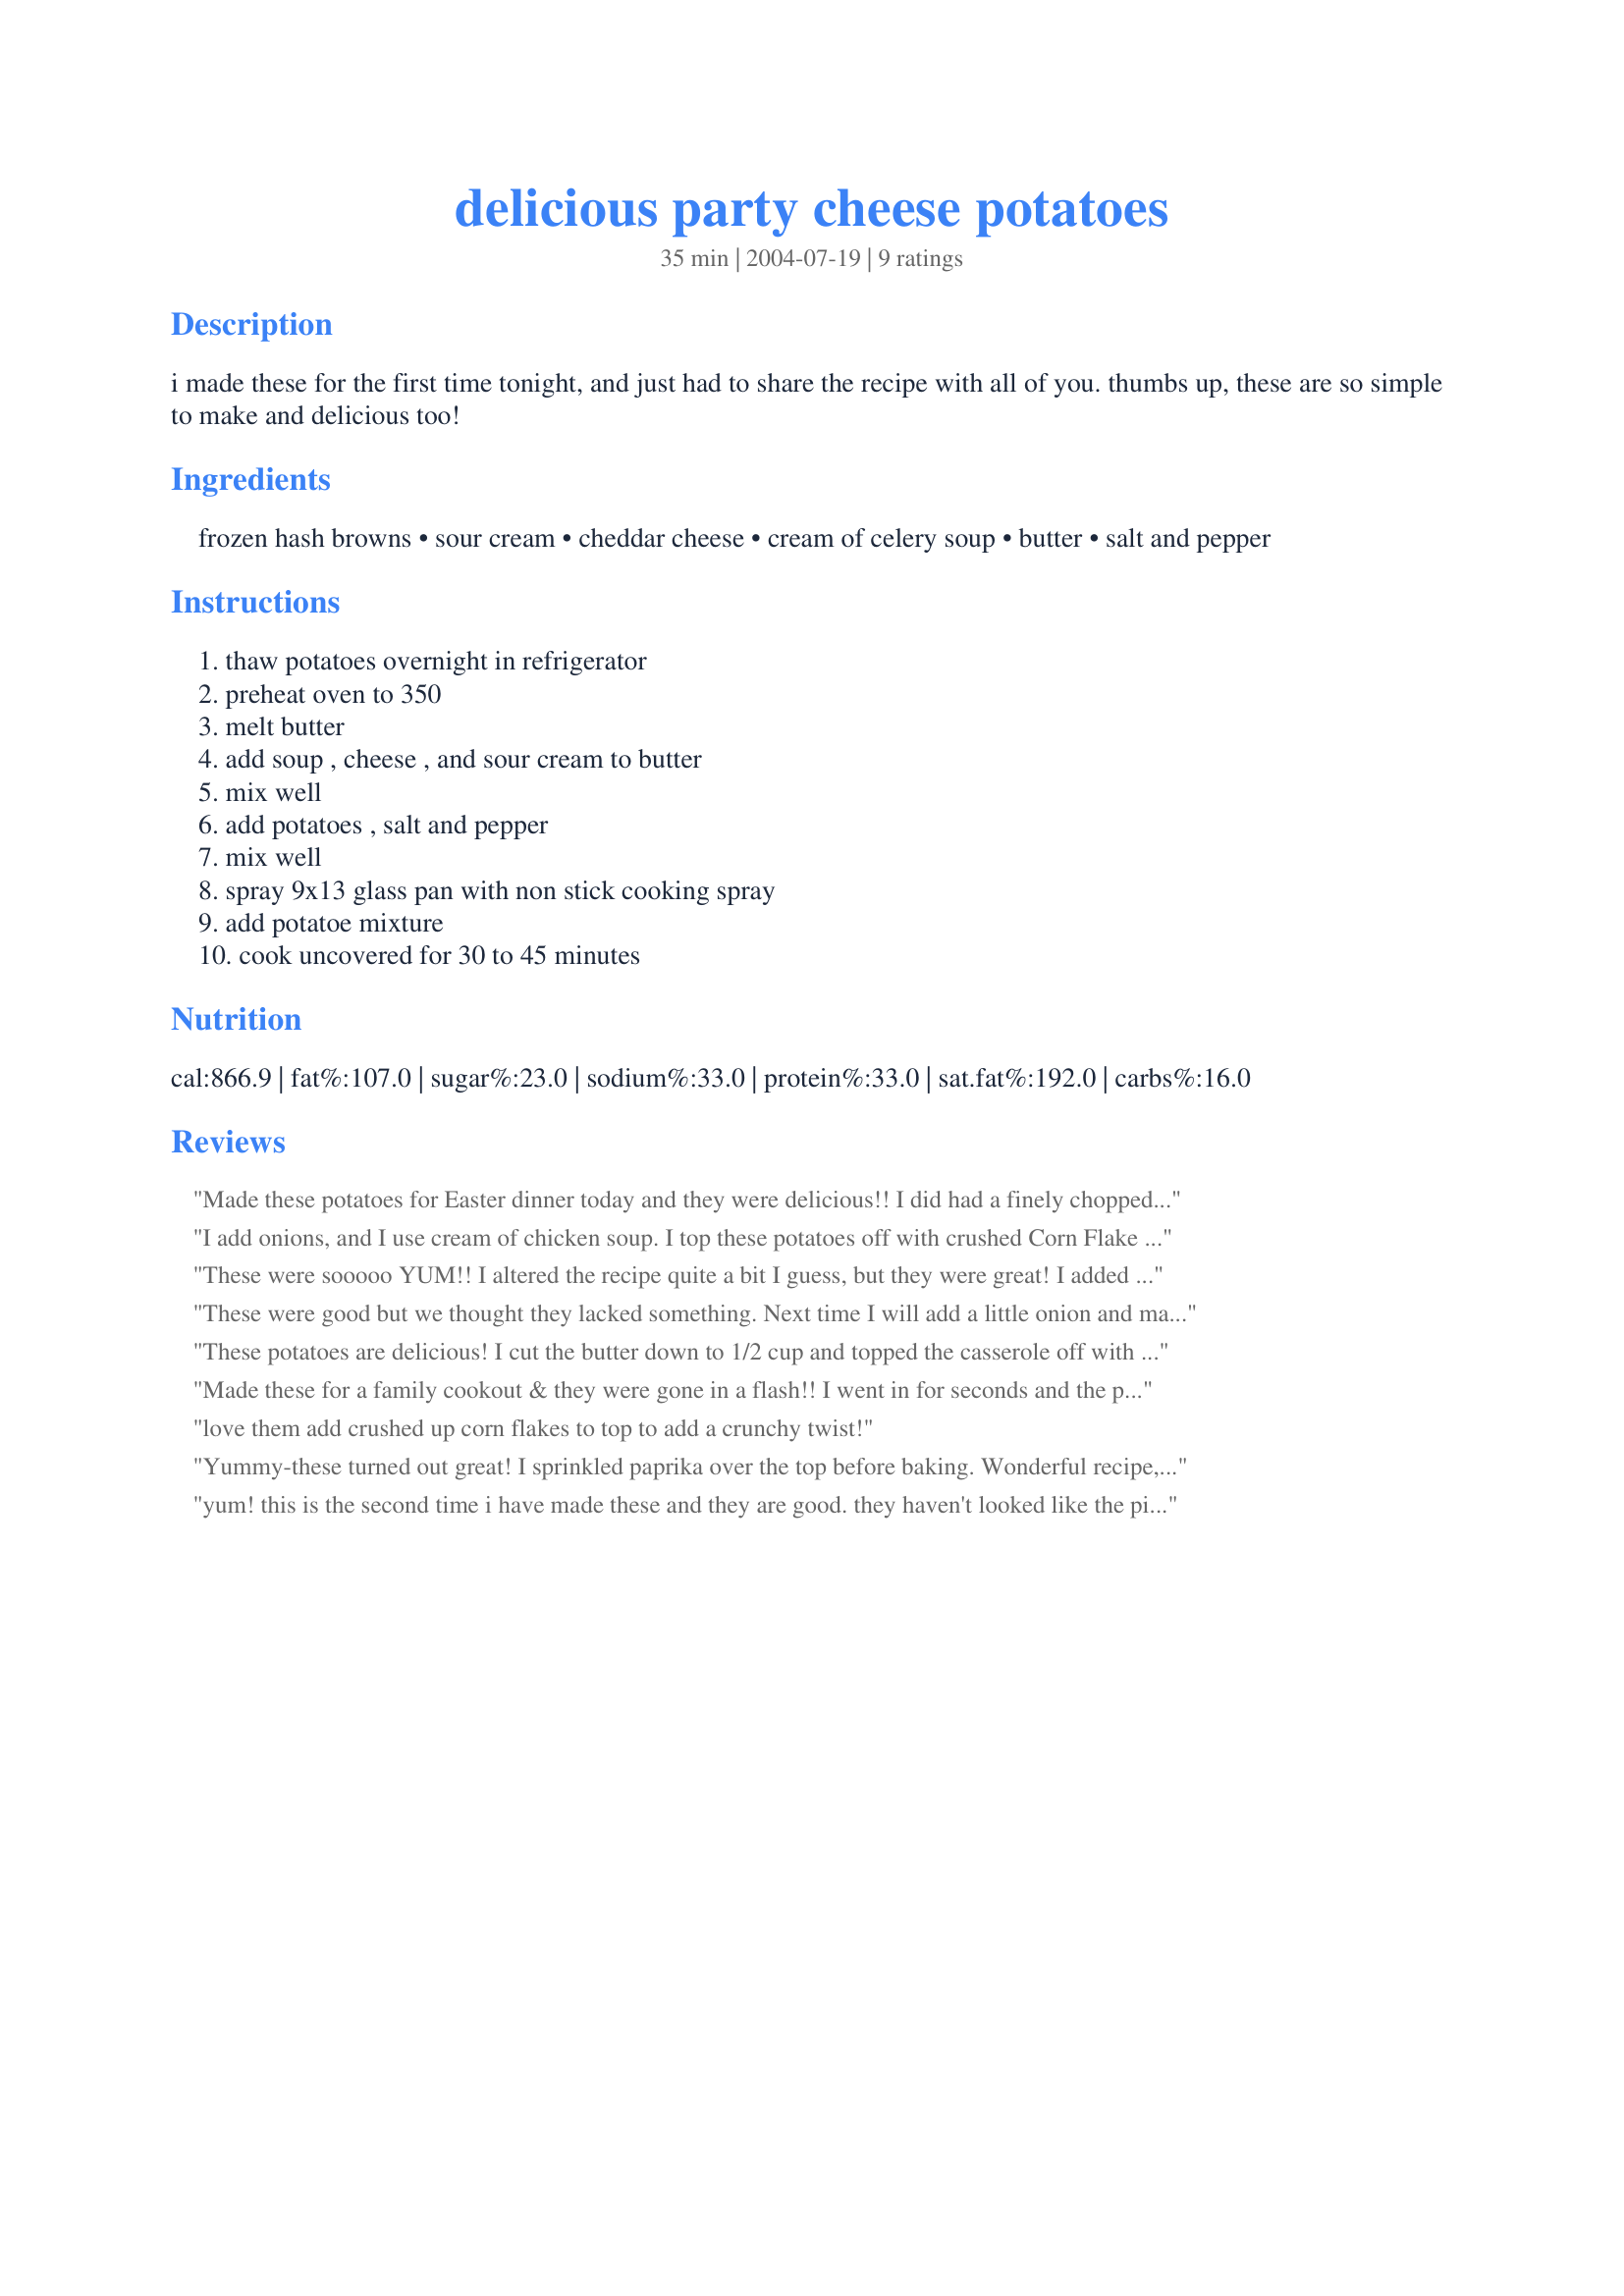
delicious party cheese potatoes
Preparation time: 35 minutes

i made these for the first time tonight, and just had to share the recipe with all of you. thumbs up, these are so simple to make and delicious too!

Ingredients:
frozen hash browns, sour cream, cheddar cheese, cream of celery soup, butter, salt and pepper

Steps:
thaw potatoes overnight in refrigerator, preheat oven to 350, melt butter, add soup , cheese , and sour cream to butter, mix well, add potatoes , salt and pepper, mix well, spray 9x13 glass pan with non stick cooking spray, add potatoe mixture, cook uncovered for 30 to 45 minutes

Reviews:
Made these potatoes for Easter dinner today and they were delicious!! I did had a finely chopped onion which put these over the top! Otherwise I followed the directions to the letter. Everybody kept going back and they were gone!! Made with a spiced cherry glazed spiral ham and steamed asparagus. This recipe is definitely a keeper!!!!
I add onions, and I use cream of chicken soup. I top these potatoes off with crushed Corn Flake Crumbs. They are a hit at every party.
These were sooooo YUM!! I altered the recipe quite a bit I guess, but they were great! I added 3 tablespoons of garlic powder, 2 tablespoons of parsley, about 3/4 teaspoons of paprika; I used almost double the cheese, mushroom soup instead of celery, and because I was so excited, I didn't thaw my potatoes, so they had to cook a LOT longer (two plus hours). I'm sure the recipe is perfect as is, but I can't help myself and I add other things. Anyway, like I said, YUM! We took out the whole batch in less than 24 hours.
These were good but we thought they lacked something. Next time I will add a little onion and make it using cream of mushroom soup.
These potatoes are delicious! I cut the butter down to 1/2 cup and topped the casserole off with a little more cheese at the end. It doesn't get any easier(or tastier)than this! Thanks so much for posting!!
Made these for a family cookout & they were gone in a flash!! I went in for seconds and the pan was completely empty. Only change I made was to use a 2 lb. bag of shredded hashbrowns instead of the diced and cream of mushroom soup instead of cream of celery. I also used garlic salt instead of regular salt. I have a feeling I'll be getting requests to make this over & over again. Thanks!!
love them add crushed up corn flakes to top to add a crunchy twist!
Yummy-these turned out great! I sprinkled paprika over the top before baking. Wonderful recipe, Dana.
Donna
yum! this is the second time i have made these and they are good. they haven't looked like the picture, they are a little more runny (I thought the mistake was mine the 1st time but now not sure...) but still good, thanks!
